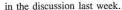
in the diseussiun last week.